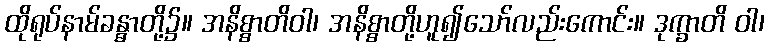
ထိုရုပ်နာမ်ခန္ဓာတို့၌။ အနိစ္စာတိဝါ၊ အနိစ္စာတို့ဟူ၍သော်လည်းကောင်း။ ဒုက္ခာတိ ဝါ၊